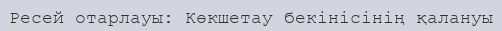
Ресей отарлауы: Көкшетау бекінісінің қалануы